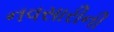
નવસારીની